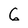
Character: 5